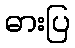
ဓားပြ